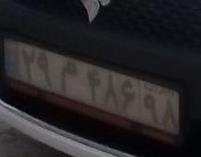
۲۹م۴۸۶۹۸